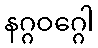
နဂ္ဂဝဂ္ဂေါ